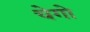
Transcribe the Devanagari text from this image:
चेगो